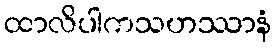
ထာလိပါကသဟဿာနံ